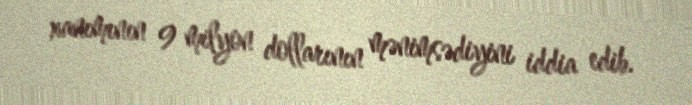
xanımının 9 milyon dollarının mənimsədiyini iddia edib.